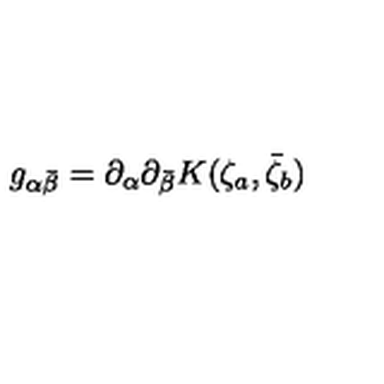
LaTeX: g _ { \alpha \bar { \beta } } = \partial _ { \alpha } \partial _ { \bar { \beta } } K ( \zeta _ { a } , \bar { \zeta } _ { b } )